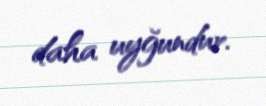
daha uyğundur.